Annual report of lunatic asylums [Bombay] - 1912-1922
Year: 1912
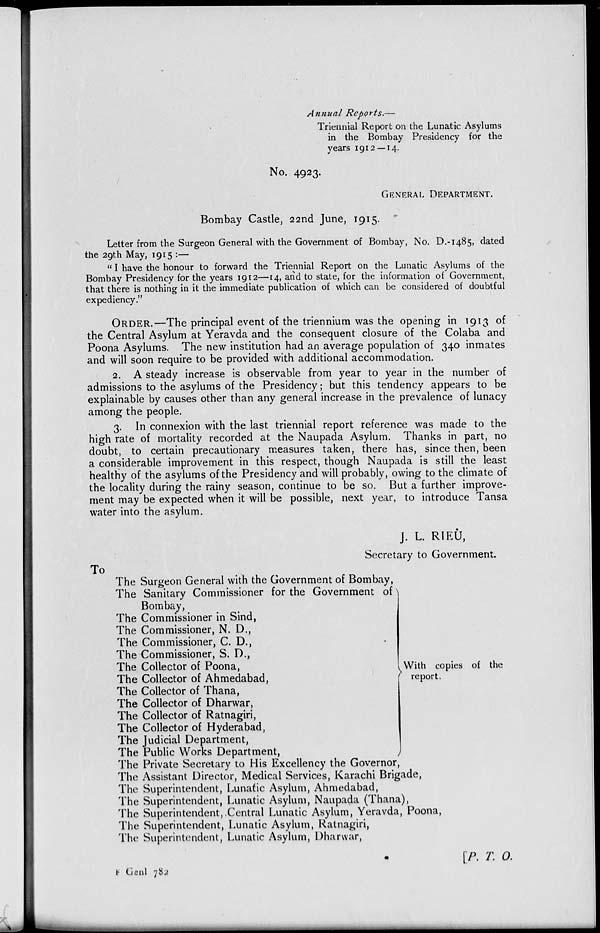
Annual Reports.—
Triennial Report on the Lunatic Asylums
in the Bombay Presidency for the
years 1912—14.
No. 4923.
GENERAL DEPARTMENT.
Bombay Castle, 22nd June, 1915.
Letter from the Surgeon General with the Government of Bombay, No. D.-1485, dated
the 29th May, 1915 :—
" I have the honour to forward the Triennial Report on the Lunatic Asylums of the
Bombay Presidency for the years 1912—14, and to state, for the information of Government,
that there is nothing in it the immediate publication of which can be considered of doubtful
expediency.
ORDER.—The principal event of the triennium was the opening in 1913 of
the Central Asylum at Yeravda and the consequent closure of the Colaba and
Poona Asylums. The new institution had an average population of 340 inmates
and will soon require to be provided with additional accommodation.
2. A steady increase is observable from year to year in the number of
admissions to the asylums of the Presidency; but this tendency appears to be
explainable by causes other than any general increase in the prevalence of lunacy
among the people.
3. In connexion with the last triennial report reference was made to the
high rate of mortality recorded at the Naupada Asylum. Thanks in part, no
doubt, to certain precautionary measures taken, there has, since then, been
a considerable improvement in this respect, though Naupada is still the least
healthy of the asylums of the Presidency and will probably, owing to the climate of
the locality during the rainy season, continue to be so. But a further improve-
ment may be expected when it will be possible, next year, to introduce Tansa
water into the asylum.
J. L. RIEU,
Secretary to Government.
To
The Surgeon General with the Government of Bombay,
The Sanitary Commissioner for the Government of
Bombay,
The Commissioner in Sind,
The Commissioner, N. D.,
The Commissioner, C. D.,
The Commissioner, S. D.,
The Collector of Poona,
The Collector of Ahmedabad,
The Collector of Thana,
The Collector of Dharwar,
The Collector of Ratnagiri,
The Collector of Hyderabad,
The Judicial Department,
The Public Works Department,
With copies of the
report.
The Private Secretary to His Excellency the Governor,
The Assistant Director, Medical Services, Karachi Brigade,
The Superintendent, Lunatic Asylum, Ahmedabad,
The Superintendent, Lunatic Asylum, Naupada (Thana),
The Superintendent, Central Lunatic Asylum, Yeravda, Poona,
The Superintendent, Lunatic Asylum, Ratnagiri,
The Superintendent, Lunatic Asylum, Dharwar,
B Genl 782
[P. T. O.